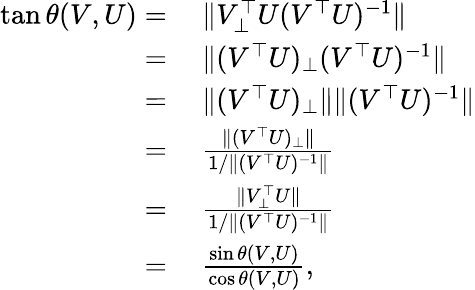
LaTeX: \begin{array}{rl}{\tan\theta(V,U)=}&{~\| V_{\bot}^{\top}U(V^{\top}U)^{-1}\| }\\ {=}&{~\| (V^{\top}U)_{\bot}(V^{\top}U)^{-1}\| }\\ {=}&{~\| (V^{\top}U)_{\bot}\| \| (V^{\top}U)^{-1}\| }\\ {=}&{~\frac{\| (V^{\top}U)_{\bot}\| }{1/\| (V^{\top}U)^{-1}\| }}\\ {=}&{~\frac{\| V_{\bot}^{\top}U\| }{1/\| (V^{\top}U)^{-1}\| }}\\ {=}&{~\frac{\sin\theta(V,U)}{\cos\theta(V,U)},}\end{array}